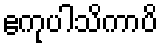
ဧကုပါသိကာပိ